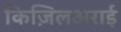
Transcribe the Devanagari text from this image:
किज़िलअराई